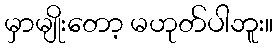
မှာမျိုးတော့ မဟုတ်ပါဘူး။